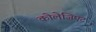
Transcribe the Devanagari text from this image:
कोलेजिएट